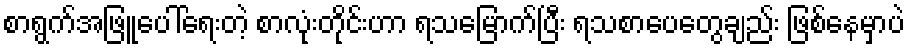
စာရွက်အဖြူပေါ်ရေးတဲ့ စာလုံးတိုင်းဟာ ရသမြောက်ပြီး ရသစာပေတွေချည်း ဖြစ်နေမှာပဲ